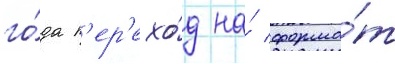
го́да п'ер'ехо́д на́ форма́т